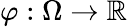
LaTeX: \varphi:\Omega\to\mathbb{R}